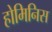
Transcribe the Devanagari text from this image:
होमिनिस